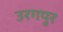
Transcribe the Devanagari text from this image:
उरगपुर